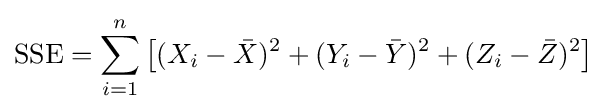
{\text{SSE}}=\sum _{i=1}^{n}\left[(X_{i}-{\bar {X}})^{2}+(Y_{i}-{\bar {Y}})^{2}+(Z_{i}-{\bar {Z}})^{2}\right]